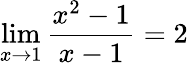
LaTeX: \operatorname*{lim}_{x\to 1}{\frac{x^{2}-1}{x-1}}=2